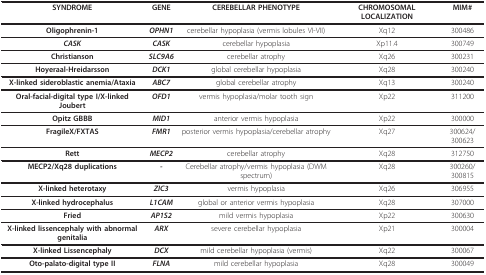
| SYNDROME | GENE | CEREBELLAR PHENOTYPE | CHROMOSOMAL LOCALIZATION | MIM# |
 | --- | --- | --- | --- | --- |
 | Oligophrenin-1 | OPHN1 | cerebellar hypoplasia (vermis lobules VI-VII) | Xq12 | 300486 |
 | CASK | CASK | cerebellar hypoplasia | Xp11.4 | 300749 |
 | Christianson | SLC9A6 | cerebellar atrophy | Xq26 | 300231 |
 | Hoyeraal-Hreidarsson | DCK1 | global cerebellar hypoplasia | Xq28 | 300240 |
 | X-linked sideroblastic anemia/Ataxia | ABC7 | global cerebellar atrophy | Xq13 | 300240 |
 | Oral-facial-digital type I/X-linked Joubert | OFD1 | vermis hypoplasia/molar tooth sign | Xp22 | 311200 |
 | Opitz GBBB | MID1 | anterior vermis hypoplasia | Xp22 | 300000 |
 | FragileX/FXTAS | FMR1 | posterior vermis hypoplasia/cerebellar atrophy | Xq27 | 300624/300623 |
 | Rett | MECP2 | cerebellar atrophy | Xq28 | 312750 |
 | MECP2/Xq28 duplications | - | Cerebellar atrophy/vermis hypoplasia (DWM spectrum) | Xq28 | 300260/300815 |
 | X-linked heterotaxy | ZIC3 | vermis hypoplasia | Xq26 | 306955 |
 | X-linked hydrocephalus | L1CAM | global or anterior vermis hypoplasia | Xq28 | 307000 |
 | Fried | AP1S2 | mild vermis hypoplasia | Xp22 | 300630 |
 | X-linked lissencephaly with abnormal genitalia | ARX | severe cerebellar hypoplasia | Xp21 | 300004 |
 | X-linked Lissencephaly | DCX | mild cerebellar hypoplasia (vermis) | Xq22 | 300067 |
 | Oto-palato-digital type II | FLNA | mild cerebellar hypoplasia | Xq28 | 300049 |